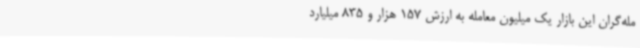
مله‌گران این بازار یک میلیون معامله به ارزش 157 هزار و 835 میلیارد